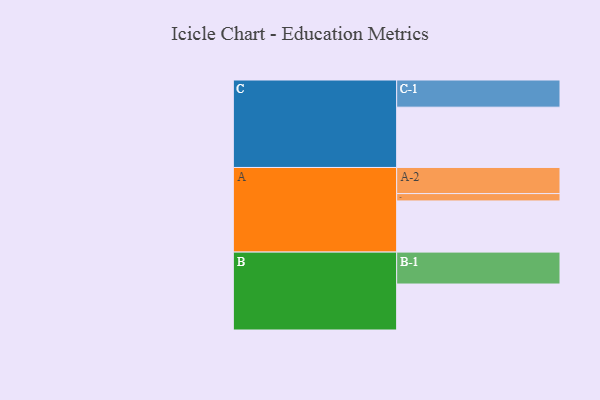
{"axis": {"x": "Segment", "y": "Value"}, "legend": ["", "A", "B", "C"], "data": [{"x": "A", "y": 433, "type": ""}, {"x": "B", "y": 389, "type": ""}, {"x": "C", "y": 510, "type": ""}, {"x": "A-1", "y": 62, "type": "A"}, {"x": "A-2", "y": 221, "type": "A"}, {"x": "B-1", "y": 270, "type": "B"}, {"x": "C-1", "y": 230, "type": "C"}]}